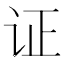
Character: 证